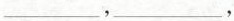
___，___，